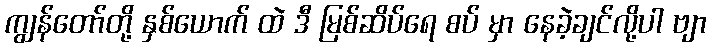
ကျွန်တော်တို့ နှစ်ယောက် ထဲ ဒီ မြစ်ဆိပ်ရေ စပ် မှာ နေခဲ့ချင်လို့ပါ ဗျာ